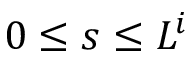
0 \leq s \leq L ^ { i }